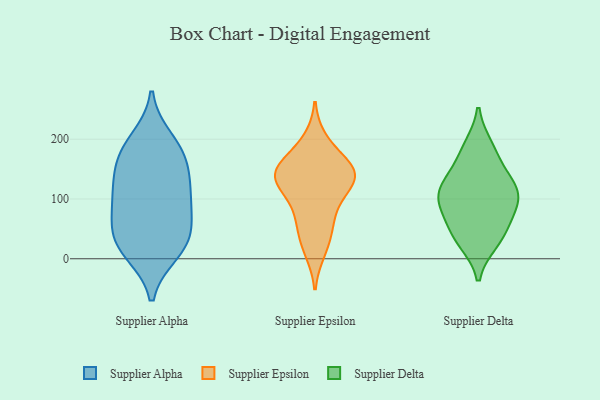
{"axis": {"x": "Latency (ms)", "y": "Value"}, "legend": ["Supplier Alpha", "Supplier Delta", "Supplier Epsilon"], "data": [{"x": "", "y": 91, "type": "Supplier Alpha"}, {"x": "", "y": 104, "type": "Supplier Alpha"}, {"x": "", "y": 11, "type": "Supplier Alpha"}, {"x": "", "y": 38, "type": "Supplier Alpha"}, {"x": "", "y": 133, "type": "Supplier Alpha"}, {"x": "", "y": 120, "type": "Supplier Alpha"}, {"x": "", "y": 159, "type": "Supplier Alpha"}, {"x": "", "y": 199, "type": "Supplier Alpha"}, {"x": "", "y": 177, "type": "Supplier Alpha"}, {"x": "", "y": 179, "type": "Supplier Alpha"}, {"x": "", "y": 33, "type": "Supplier Alpha"}, {"x": "", "y": 13, "type": "Supplier Alpha"}, {"x": "", "y": 46, "type": "Supplier Alpha"}, {"x": "", "y": 79, "type": "Supplier Alpha"}, {"x": "", "y": 141, "type": "Supplier Epsilon"}, {"x": "", "y": 169, "type": "Supplier Epsilon"}, {"x": "", "y": 13, "type": "Supplier Epsilon"}, {"x": "", "y": 131, "type": "Supplier Epsilon"}, {"x": "", "y": 38, "type": "Supplier Epsilon"}, {"x": "", "y": 198, "type": "Supplier Epsilon"}, {"x": "", "y": 138, "type": "Supplier Epsilon"}, {"x": "", "y": 143, "type": "Supplier Epsilon"}, {"x": "", "y": 136, "type": "Supplier Epsilon"}, {"x": "", "y": 82, "type": "Supplier Epsilon"}, {"x": "", "y": 106, "type": "Supplier Epsilon"}, {"x": "", "y": 151, "type": "Supplier Epsilon"}, {"x": "", "y": 61, "type": "Supplier Epsilon"}, {"x": "", "y": 88, "type": "Supplier Delta"}, {"x": "", "y": 37, "type": "Supplier Delta"}, {"x": "", "y": 44, "type": "Supplier Delta"}, {"x": "", "y": 120, "type": "Supplier Delta"}, {"x": "", "y": 187, "type": "Supplier Delta"}, {"x": "", "y": 176, "type": "Supplier Delta"}, {"x": "", "y": 104, "type": "Supplier Delta"}, {"x": "", "y": 99, "type": "Supplier Delta"}, {"x": "", "y": 135, "type": "Supplier Delta"}, {"x": "", "y": 77, "type": "Supplier Delta"}, {"x": "", "y": 123, "type": "Supplier Delta"}, {"x": "", "y": 29, "type": "Supplier Delta"}]}